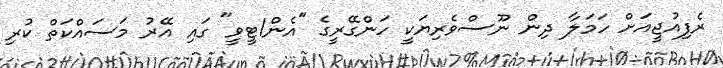
ރެފިއުޖީއަށް ހަމަލާ ދިން ނޫސްވެރިޔަކީ ހަންގޭރީގެ "އެން1ޓީވީ" ގައި އޭރު މަސައްކަތް ކުރި